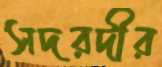
সদরদীর